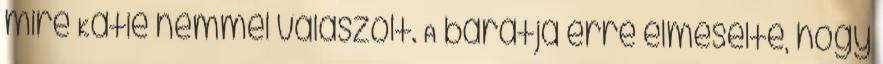
mire Katie nemmel válaszolt. A barátja erre elmesélte, hogy